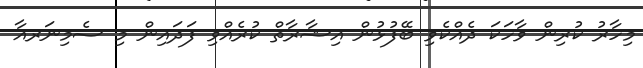
މިހާރު ކުރިން ވާހަކަ ދެއްކެވި ބޭފުޅުން އިޝާރާތް ކުރެއްވި ފަދައިން މި ސެމިނަރއާ